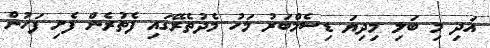
އަދި މި ބަލި މިދިޔަ ޑިސެމްބަރު މަހު މެދުތެރޭގައި ފެތުރެން ފެށި ފަހުން